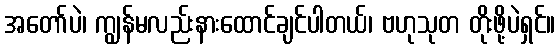
အတော်ပဲ၊ ကျွန်မလည်းနားထောင်ချင်ပါတယ်၊ ဗဟုသုတ တိုးဖို့ပဲရှင်။